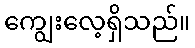
ကျွေးလေ့ရှိသည်။